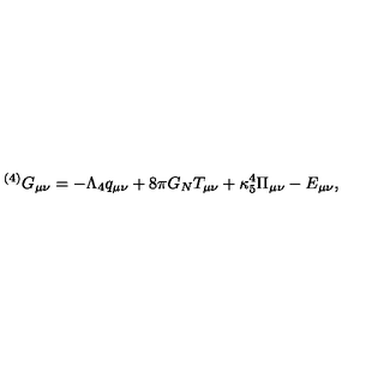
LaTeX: { } ^ { ( 4 ) } G _ { \mu \nu } = - \Lambda _ { 4 } q _ { \mu \nu } + 8 \pi G _ { N } T _ { \mu \nu } + \kappa _ { 5 } ^ { 4 } \Pi _ { \mu \nu } - E _ { \mu \nu } ,